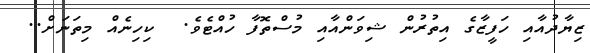
ޒިޔާދުއާއި ހަފީޒާގެ އިތުރުން ޝިވަންއާއި މުސްތޮފާ ހުއްޓެވެ.  ކިހިނެއް މިތަނަށް..